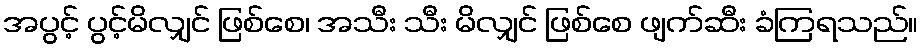
အပွင့် ပွင့်မိလျှင် ဖြစ်စေ၊ အသီး သီး မိလျှင် ဖြစ်စေ ဖျက်ဆီး ခံကြရသည်။